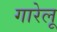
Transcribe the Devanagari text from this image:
गारेलू